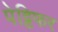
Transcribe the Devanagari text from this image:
पेट्टिफर